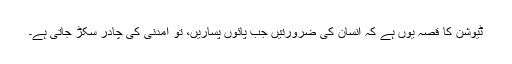
ٹیوشن کا قصہ یوں ہے کہ انسان کی ضرورتیں جب پائوں پساریں، تو آمدنی کی چادر سکڑ جاتی ہے۔